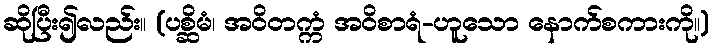
ဆိုပြီး၍လည်း။ (ပစ္ဆိမံ၊ အဝိတက္ကံ အဝိစာရံ-ဟူသော နောက်စကားကို။)